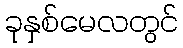
ခုနှစ်မေလတွင်